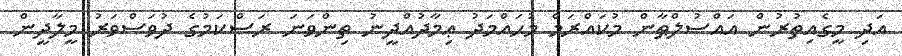
އަދި މީގެއިތުރުން އައްސުލްޠާން މުކައްރަމް މުޙައްމަދު ޢިމާދުއްދީނު ތިންވަނަ ރަސްކަމުގެ ދުވަސްވަރު މީލާދީން